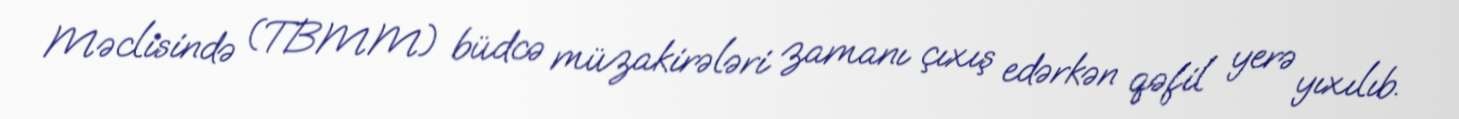
Məclisində (TBMM) büdcə müzakirələri zamanı çıxış edərkən qəfil yerə yıxılıb.